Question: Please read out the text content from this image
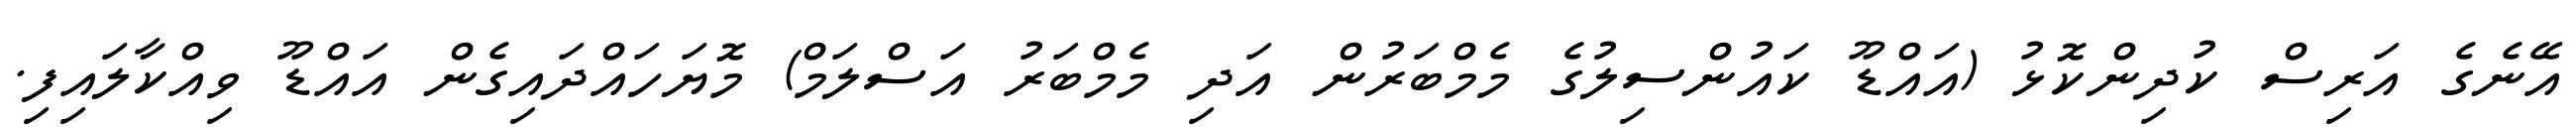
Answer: އޭނެގެ އަރިސް ކުދިންކޮޅު (އައްޑޫ ކައުންސިލުގެ މެމްބަރުން އަދި މެމްބަރު އަސްލަމް) މޮޔަހައްދައިގެން އައްޑޫ ވިއްކާލައިފި.